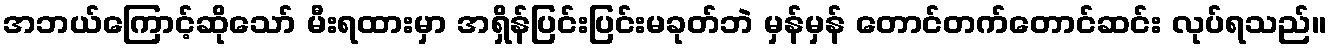
အဘယ်ကြောင့်ဆိုသော် မီးရထားမှာ အရှိန်ပြင်းပြင်းမခုတ်ဘဲ မှန်မှန် တောင်တက်တောင်ဆင်း လုပ်ရသည်။